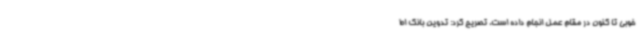
خوبی تا کنون در مقام عمل انجام داده است، تصریح کرد: تدوین بانک اط